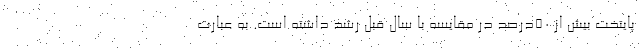
پایتخت بیش از 50درصد در مقایسه با سال قبل رشد داشته است. به عبارت